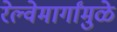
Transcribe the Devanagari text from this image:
रेल्वेमार्गांमुळे